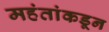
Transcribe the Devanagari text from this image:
महंतांकडून